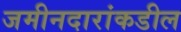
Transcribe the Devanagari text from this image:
जमीनदारांकडील